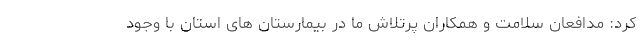
کرد: مدافعان سلامت و همکاران پرتلاش ما در بیمارستان های استان با وجود